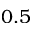
0 . 5